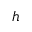
h